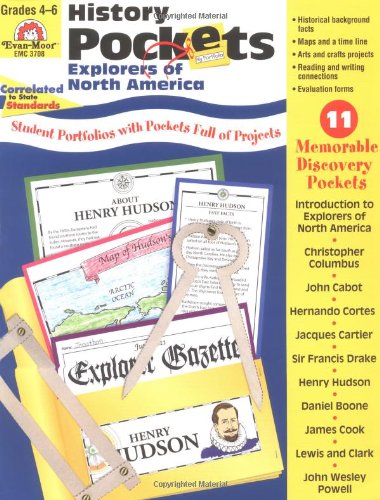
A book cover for History Pockets: Explorers of North America, Grades 4-6+; Evan Moor; Children's Books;